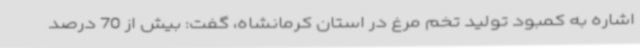
اشاره به کمبود تولید تخم مرغ در استان کرمانشاه، گفت: بیش از 70 درصد